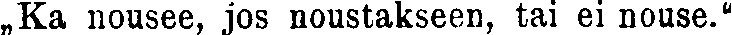
„Ka nousee, jos noustakseen, tai ei nouse."